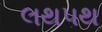
લથપથ